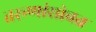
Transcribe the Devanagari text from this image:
तरूणांसोबत